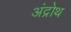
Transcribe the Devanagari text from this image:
अंद्रोथ